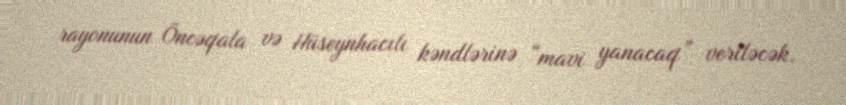
rayonunun Öncəqala və Hüseynhacılı kəndlərinə “mavi yanacaq” veriləcək.